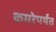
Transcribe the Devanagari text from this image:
कमरेपर्यंत